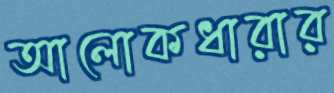
আলোকধারার